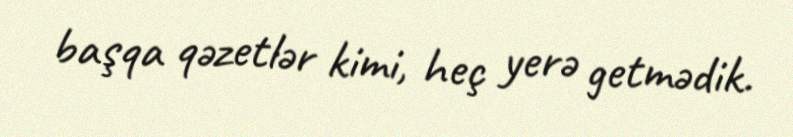
başqa qəzetlər kimi, heç yerə getmədik.